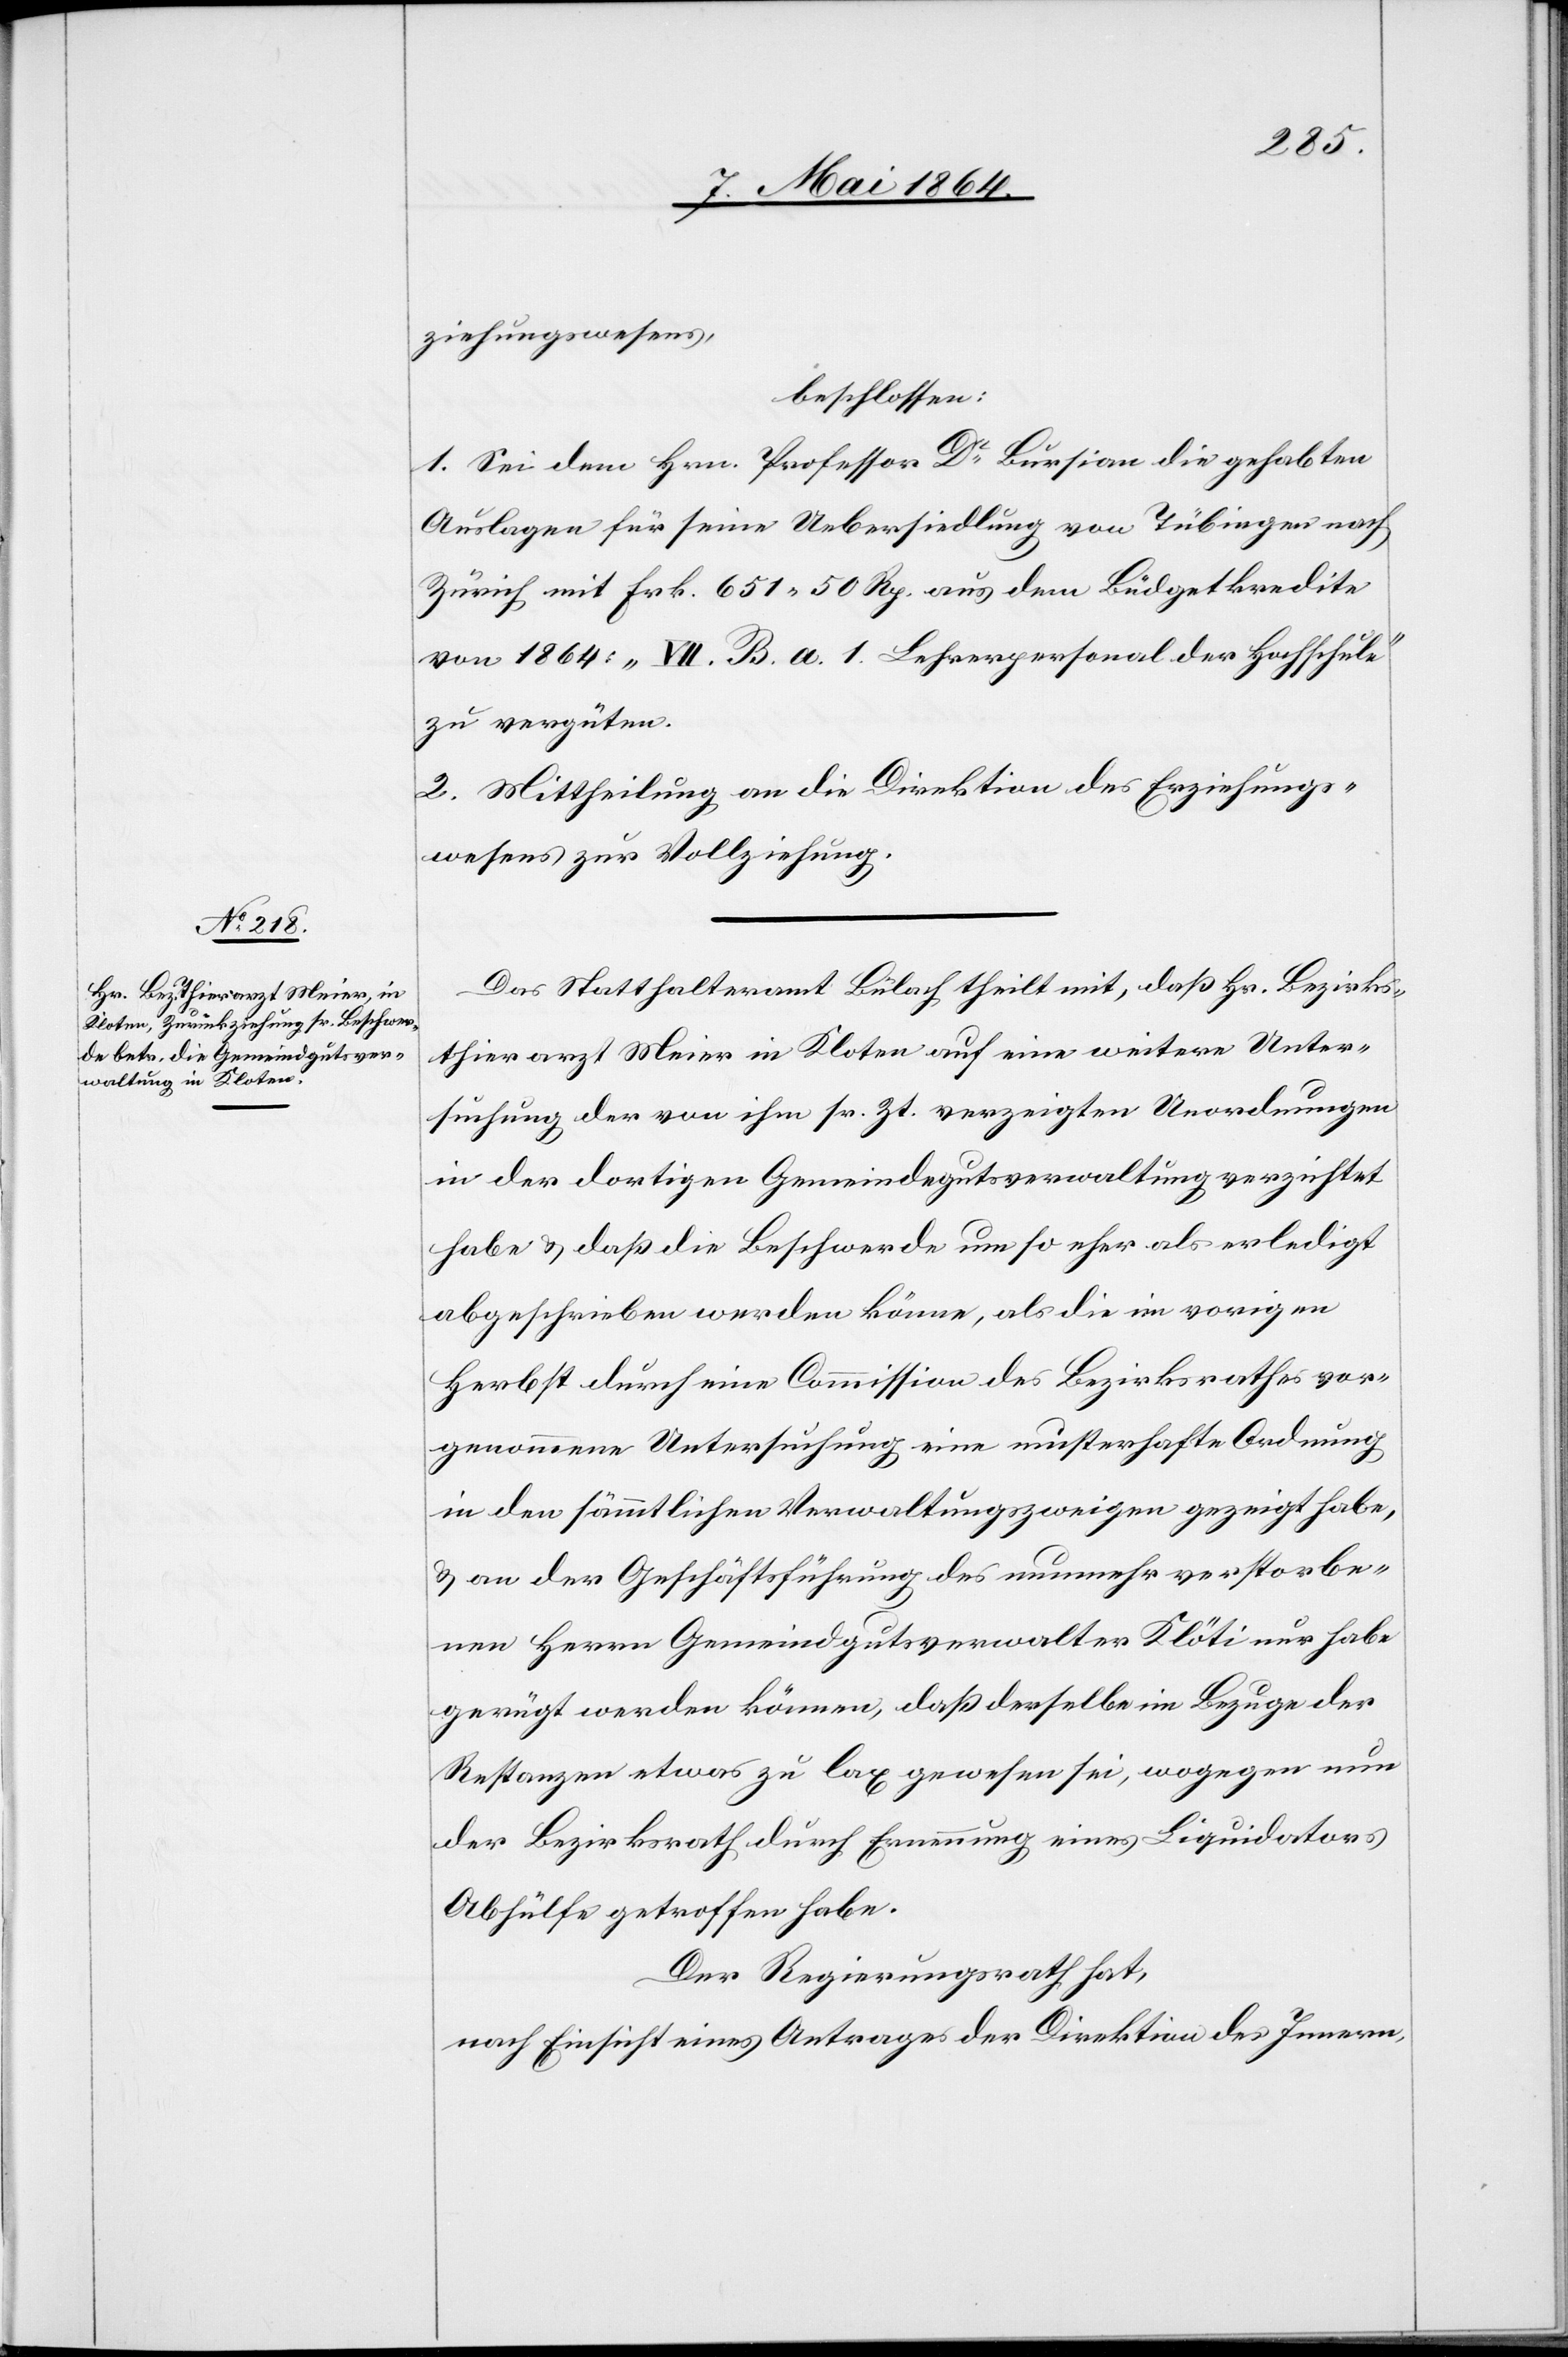
ziehungswesens,
beschlossen:
1. Sei dem Hrn. Professor Dr Bursian die gehabten
Auslagen für seine Uebersiedlung von Tübingen nach
Zürich mit Frk. 651 50 Rp. aus dem Büdgetkredite
von 1864: “VII. B. a. 1 Lehrerpersonal der Hochschule“
zu vergüten.
2. Mittheilung an die Direktion des Erziehungs¬
wesens zur Vollziehung.
Das Statthalteramt Bülach theilt mit, daß Hr. Bezirks¬
thierarzt Meier in Kloten auf eine weitere Unter¬
suchung der von ihm sr. Zt. verzeigten Unordnungen
in der dortigen Gemeindegutsverwaltung verzichtet
habe u. daß die Beschwerde um so eher als erledigt
abgeschrieben werden könne, als die im vorigen
Herbst durch eine Commission des Bezirksrathes vor¬
genommene Untersuchung eine musterhafte Ordnung
in den sämmtlichen Verwaltungszweigen gezeigt habe,
u. an der Geschäftsführung des nunmehr verstorbe¬
nen Herrn Gemeindgutsverwalter Klöti nur habe
gerügt werden können, daß derselbe im Bezuge der
Restanzen etwas zu lax gewesen sei, wogegen nun
der Bezirksrath durch Ernennung eines Liquidators
Abhülfe getroffen habe.
Der Regierungsrath hat,
nach Einsicht eines Antrages der Direktion des Innern,